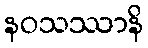
နဝသဿာနိ